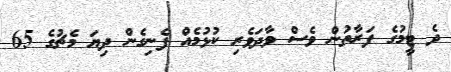
ދެ ޓީމުގެ ފަރާތުން ވެސް ވާދަވެރި ކުޅުމެއް ފެނިގެން ދިޔަ މެޗުގެ 65